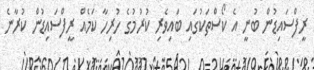
ރީފްސައިޑުން ބުނީ އެ ކޯސްތަކުގައި ބައިވެރި ކުރުމުގެ ހުރިހާ ކަމެއް ރީފްސައިޑުން ކުރާނެ